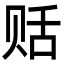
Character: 䞌